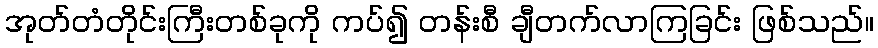
အုတ်တံတိုင်းကြီးတစ်ခုကို ကပ်၍ တန်းစီ ချီတက်လာကြခြင်း ဖြစ်သည်။